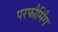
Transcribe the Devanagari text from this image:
परफौर्मिंग